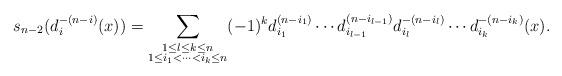
LaTeX: \begin{align*}s_{n-2} (d_i^{-(n-i)} (x))= \sum_{\substack{1\leq l\leq k\leq n \\1\leq i_1<\cdots<i_k\leq n}}(-1)^k d_{i_1}^{(n-i_1)}\cdots d_{i_{l-1}}^{(n-i_{l-1})} d_{i_l}^{-(n-i_l)} \cdots d_{i_{k}}^{-(n-i_{k})} (x).\end{align*}